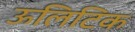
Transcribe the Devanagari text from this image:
ऊलिटिक